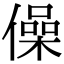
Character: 僺